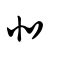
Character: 北